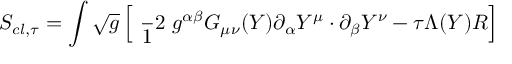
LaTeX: S _ { c l , \tau } = \int \sqrt { g } \left[ \mathrm { \small { ~ \frac ~ 1 2 ~ } } g ^ { \alpha \beta } G _ { \mu \nu } ( Y ) \partial _ { \alpha } Y ^ { \mu } \cdot \partial _ { \beta } Y ^ { \nu } - \tau \Lambda ( Y ) R \right]